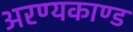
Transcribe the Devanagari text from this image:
अरण्‍यकाण्‍ड